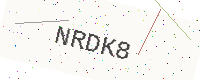
Text: NRDK8